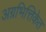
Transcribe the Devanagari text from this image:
अग्रभित्तिकेत